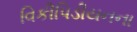
વિકીપિડીયનના